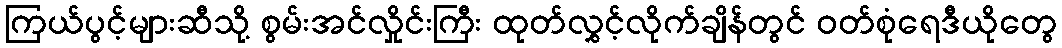
ကြယ်ပွင့်များဆီသို့ စွမ်းအင်လှိုင်းကြီး ထုတ်လွှင့်လိုက်ချိန်တွင် ဝတ်စုံရေဒီယိုတွေ